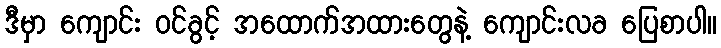
ဒီမှာ ကျောင်း ဝင်ခွင့် အထောက်အထားတွေနဲ့ ကျောင်းလခ ပြေစာပါ။